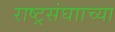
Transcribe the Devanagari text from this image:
राष्ट्रसंघााच्या